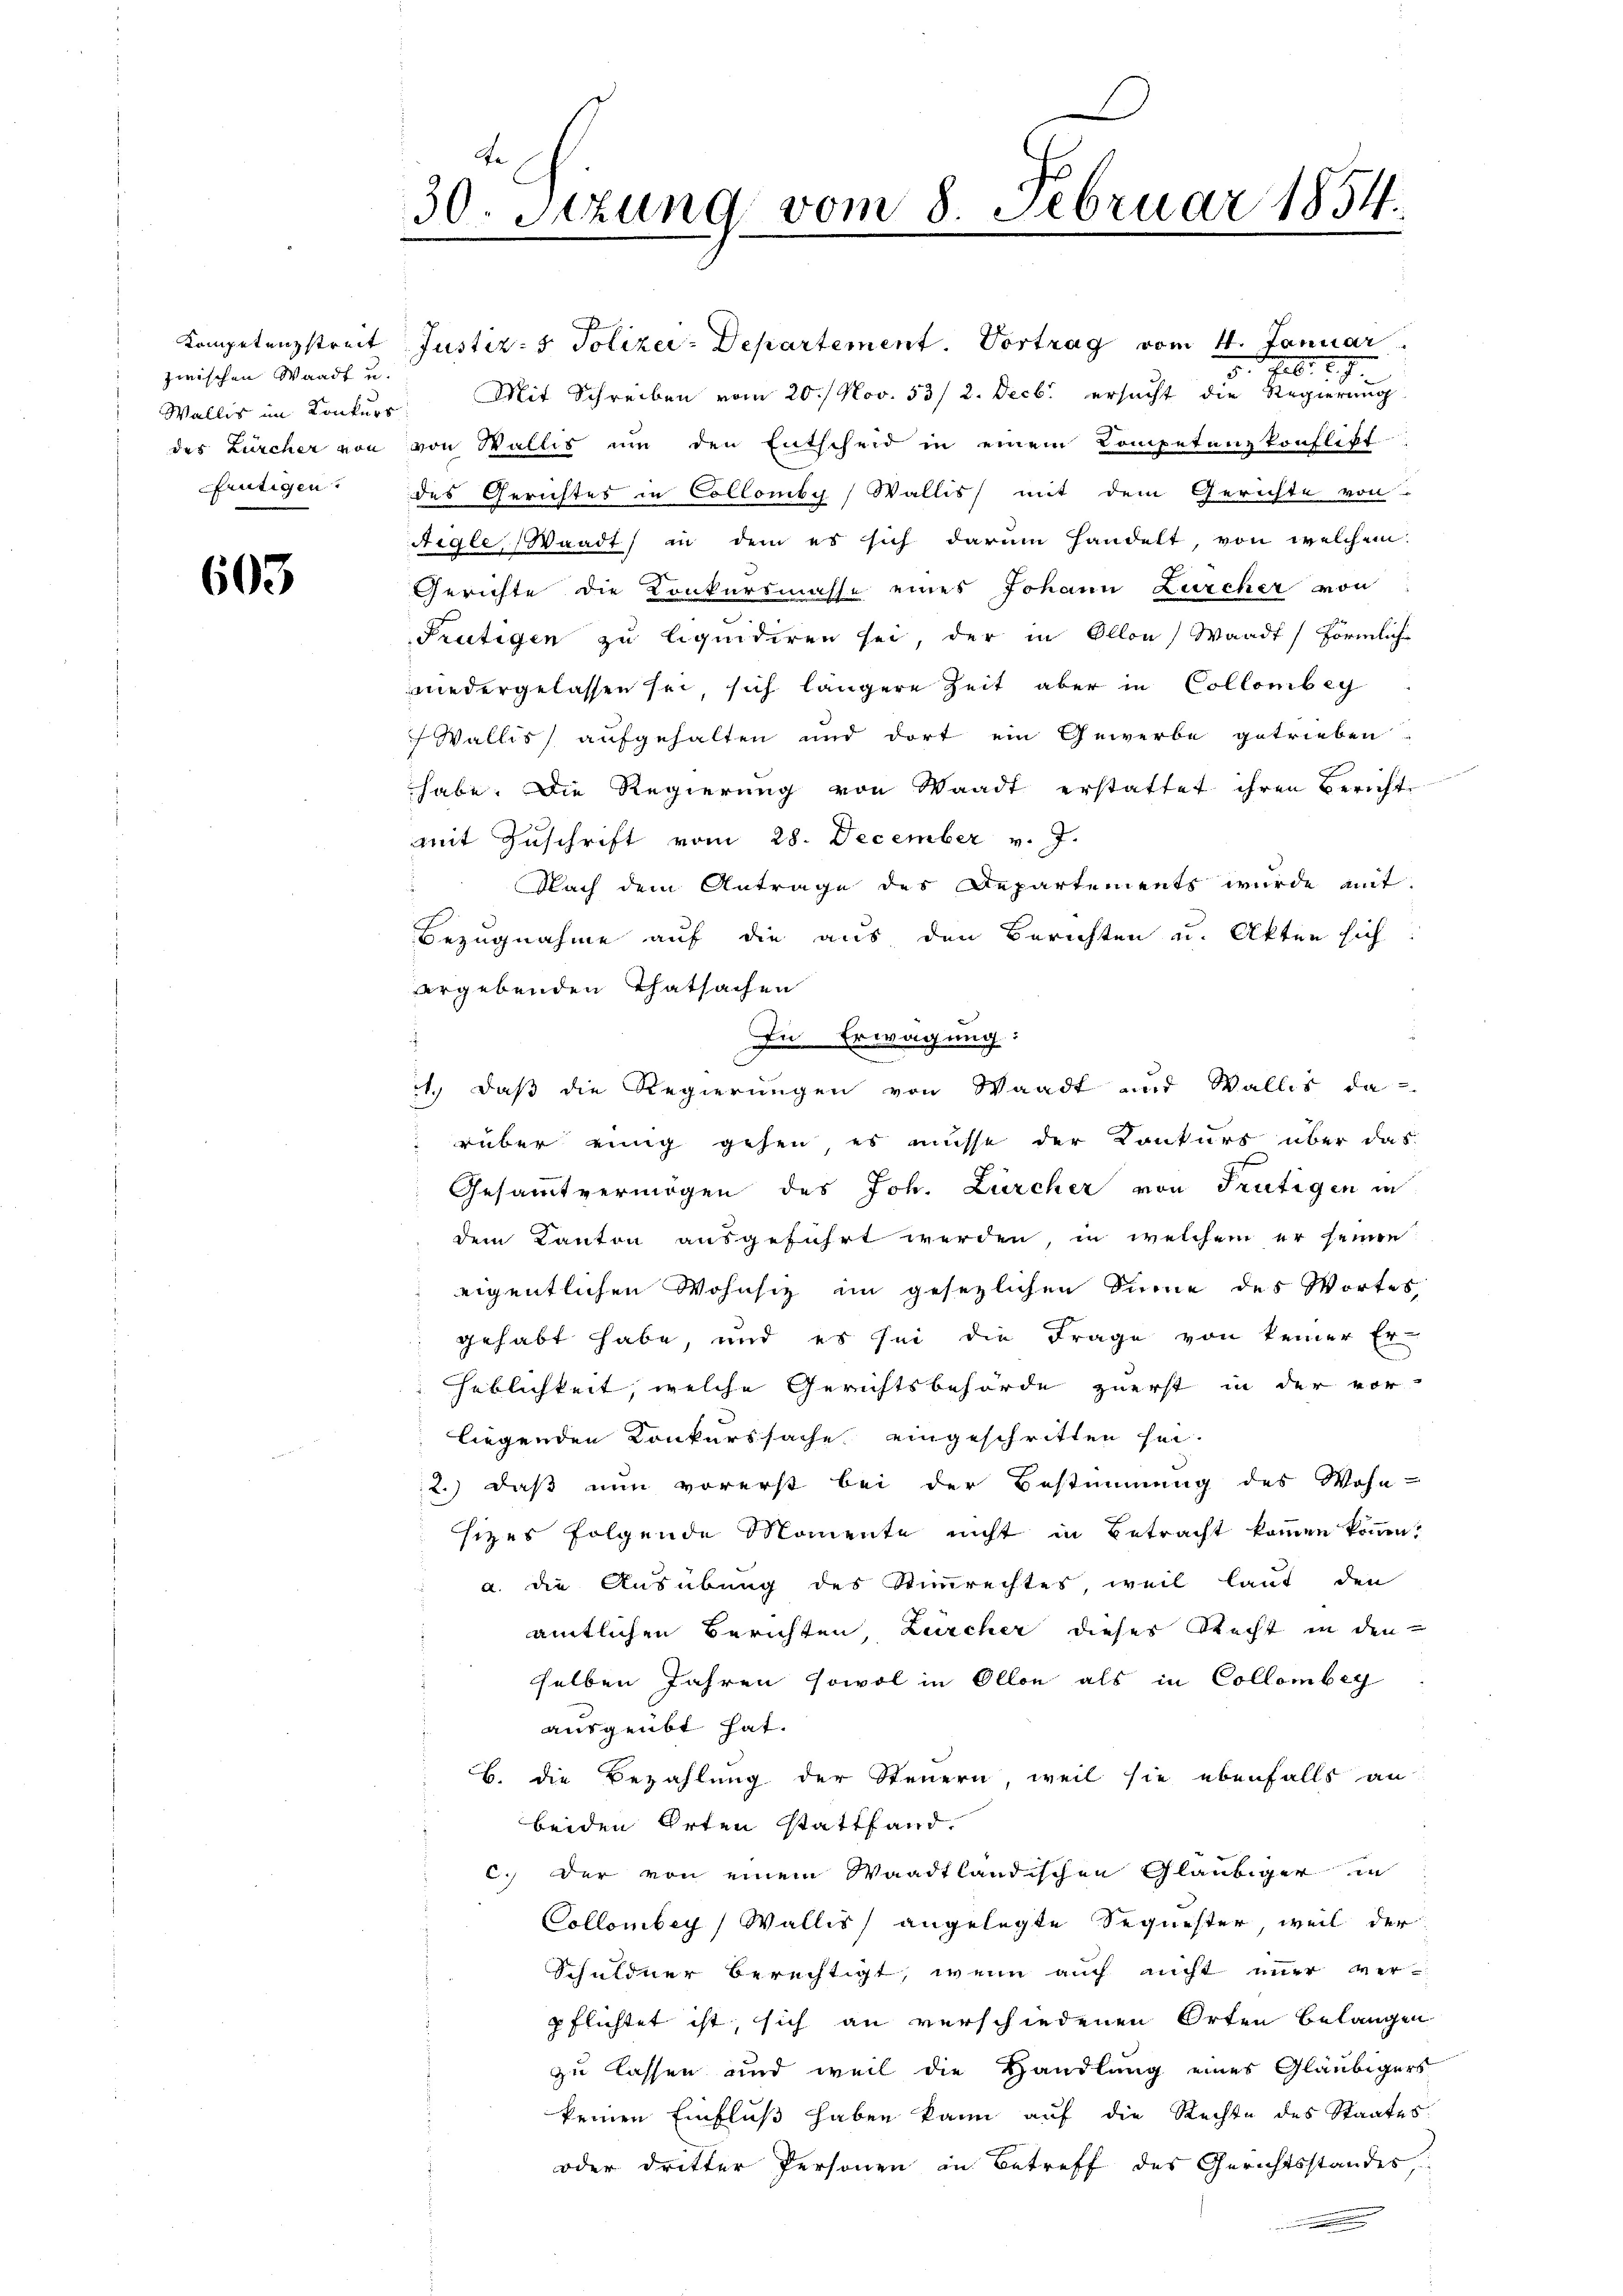
zwischen Waadt u.
frütigen

603

30. Setzung vom 8. Februar 1854.

Kompetenzstreit Justiz- & Polizei-Departement. Vortrag vom 4. Januar
5. 906. 27.
Wallis im Konkurr. Mit Schreiben vom 20./ Nov. 53/ 2. Decbr ersucht die Regierung
des Zürcher von von Wallis um den Entscheid in einem Competenzkonflikt
des Gerichtes in Collomby, Wallis mit dem Gerichte von
Aigle, Waadt, in dem es sich darum handelt, von welchem
Gerichte die Konkursmasse eines Johann Zürcher von
Frutigen zu liquidiren sei, der in Ollon, Waadt, förmliche
niedergelassen sei, sich längere Zeit aber in Collombey
Wallis aufgehalten und dort ein Gewerbe getrieben
habe. Die Regierung von Waadt erstattet ihren Bericht
mit Zuschrift vom 28. December v. J.
Nach dem Antrage des Departements wurde mit
Bezugnahme auf die aus den Berichten u. Akten sich
ergebenden Thatsachen
In Erwägung:
d
1.) Daß die Regierungen von Waadt und Wallis da
rüber einig gehen, es müsse der Konkurs über das
Gesammtvermögen des Joh. Zürcher von Frutigen in
dem Kanton ausgeführt werden, in welchem er seinen
eigentlichen Wohnsitz im gesezlichen Sinne des Wortes,
gehabt habe, und es sei die Frage von keiner Er-
heblichkeit, welche Gerichtsbehörde zuerst in der vor-
liegenden Konkurssache eingeschritten sei.
2.) daß nun vorerst bei der Bestimmung des Wohn-
sizes folgende Momente nicht in Betracht kommen können?
a. die Ausübung des Stimmrechtes, weil laut den
amtlichen Berichten, Zürcher dieses Recht in den
selben Jahren sowol in Ollon als in Collombey
ausgeübt hat.
B. die Bezahlung der Steuern, weil sie ebenfalls an
beiden Orten stattfand.
c.) Der von einem Waadtländischen Gläubiger in
Collombey) Wallis angelegte Sequester, weil der
Schuldner berechtigt, wenn auch nicht immer verpflichtet ist, sich an verschiedenen Orten belangen
zu lassen und weil die Handlung eines Gläubigers
keinen Einfluß haben kann auf die Rechte des Staates
oder dritter Personen in Betreff des Gerichtsstandes,